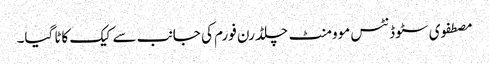
مصطفوی سٹوڈنٹس موومنٹ چلڈرن فورم کی جانب سے کیک کاٹا گیا۔